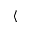
\langle